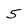
Character: 5